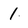
Character: 1